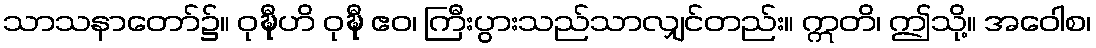
သာသနာတော်၌။ ဝုဍ္ဎီဟိ ဝုဍ္ဎီ ဧဝ၊ ကြီးပွားသည်သာလျှင်တည်း။ ဣတိ၊ ဤသို့။ အဝေါစ၊